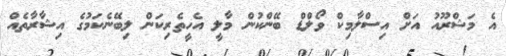
އެ މަޝްރޫއު އަށް އިސްލާމިކް ވޯލްޑް ބޭންކުން މާލީ އެހީތެރިކަން ލިބޭނެކަމުގެ އިޝާރާތެއް